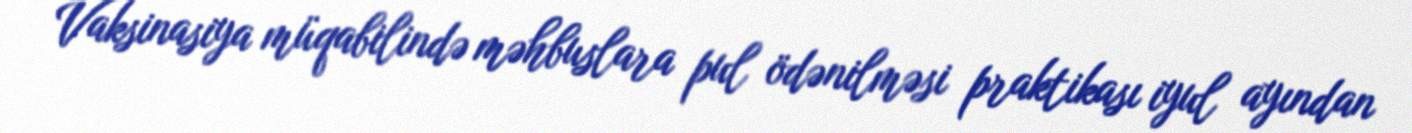
Vaksinasiya müqabilində məhbuslara pul ödənilməsi praktikası iyul ayından